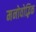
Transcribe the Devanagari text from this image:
मनोवोद्भिक